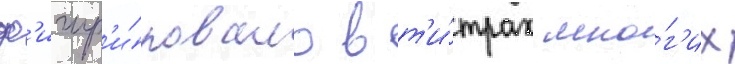
ф'игур'и́ровало в т'и́трах мно́г'их